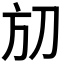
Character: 𣃗